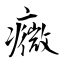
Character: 癓